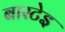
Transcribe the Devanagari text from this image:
बास्टेइ